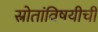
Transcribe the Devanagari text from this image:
स्रोतांविषयीची